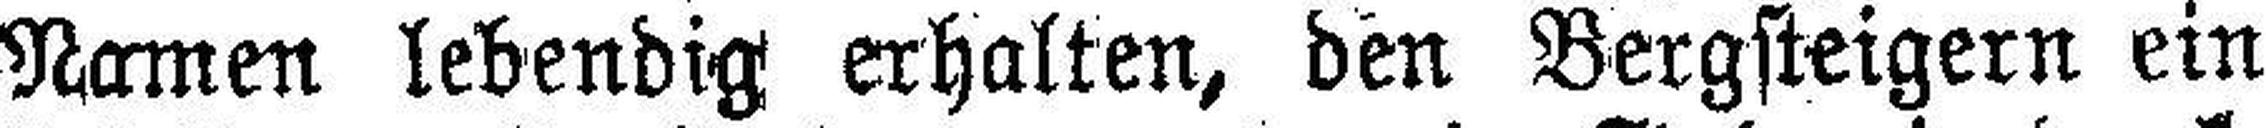
Namen lebendig erhalten, den Bergsteigern ein